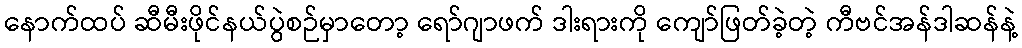
နောက်ထပ် ဆီမီးဖိုင်နယ်ပွဲစဉ်မှာတော့ ရော်ဂျာဖက် ဒါးရားကို ကျော်ဖြတ်ခဲ့တဲ့ ကီဗင်အန်ဒါဆန်နဲ့